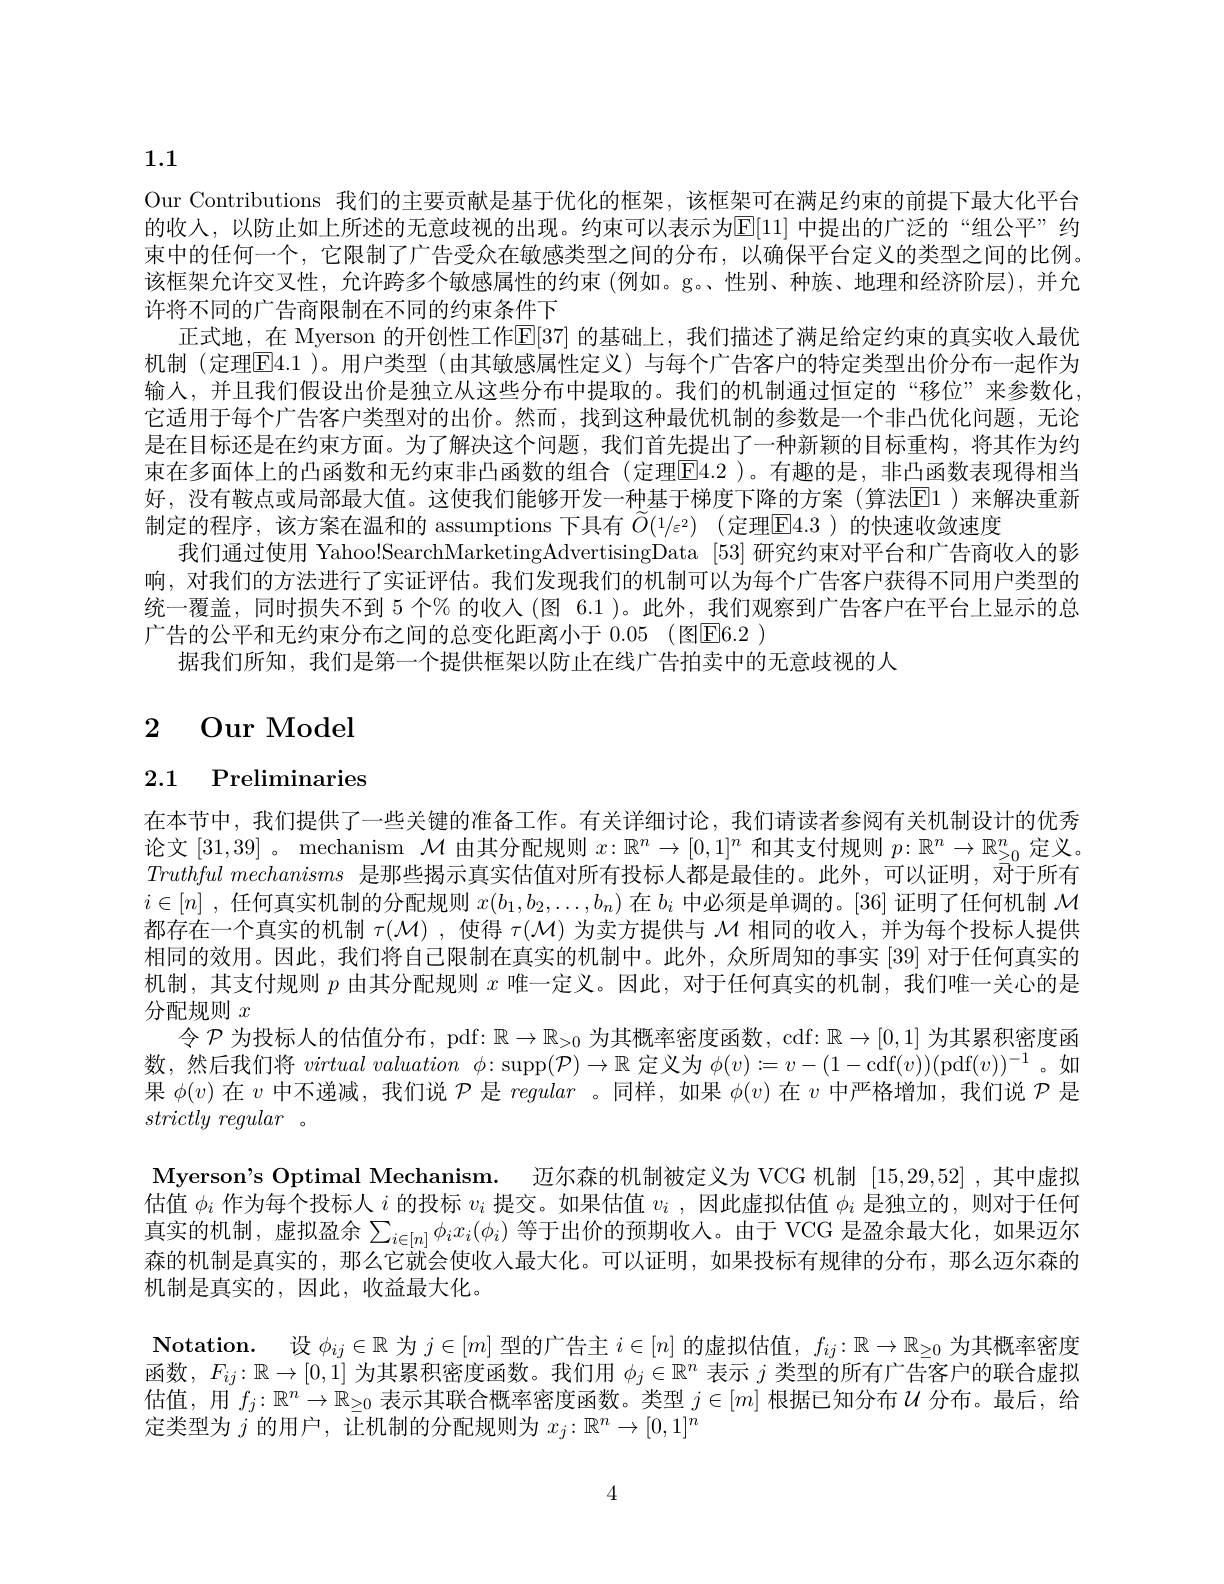
1.1

Our Contributions 我们的主要贡献是基于优化的框架，该框架可在满足约束的前提下最大化平台的收入，以防止如上所述的无意歧视的出现。约束可以表示为E[11] 中提出的广泛的“组公平”约束中的任何一个，它限制了广告受众在敏感类型之间的分布，以确保平台定义的类型之间的比例。该框架允许交叉性，允许跨多个敏感属性的约束 (例如。g。性别、种族、地理和经济阶层),并允许将不同的广告商限制在不同的约束条件下
正式地，在 Myerson 的开创性工作E[37] 的基础上，我们描述了满足给定约束的真实收入最优机制 (定理$\overline{\mathrm{E}}4.1$ )。用户类型 (由其敏感属性定义)与每个广告客户的特定类型出价分布一起作为输入，并且我们假设出价是独立从这些分布中提取的。我们的机制通过恒定的“移位”来参数化， 它适用于每个广告客户类型对的出价。然而，找到这种最优机制的参数是一个非凸优化问题，无论是在目标还是在约束方面。为了解决这个问题，我们首先提出了一种新颖的目标重构，将其作为约束在多面体上的凸函数和无约束非凸函数的组合 (定理$\boxed{\mathrm{F}}4.2$ )。有趣的是，非凸函数表现得相当好，没有鞍点或局部最大值。这便我们能够开发一种基于梯度下降的方案(算法El)来解决重新制定的程序，该方案在温和的 assumptions 下具有 $\widetilde{O}(1/\varepsilon^2)$ (定理$\overline{\mathrm{E}}4.3$ )的快速收敛速度
我们通过使用 Yahoo!SearchMarketingAdvertisingData [53] 研究约束对平台和广告商收人的影响，对我们的方法进行了实证评估。我们发现我们的机制可以为每个广告客户获得不同用户类型的统一覆盖，同时损失不到 5 个% 的收入 (图 6.1 )。此外，我们观察到广告客户在平台上显示的总广告的公平和无约束分布之间的总变化距离小于 0.05 (图[E]6.2 )
据我们所知，我们是第一个提供框架以防止在线广告拍卖中的无意歧视的人

# 2 Our Model

# 2.1 Preliminaries

在本节中，我们提供了一些关键的准备工作。有关详细讨论，我们请读者参阅有关机制设计的优秀论文[31,39] 。mechanism $\mathcal{M}$由其分配规则$x:\mathbb{R}^n\to[0,1]^n$和其支付规则$p:\mathbb{R}^n\to\mathbb{R}_{\geq0}^n$定义。$Truthful\textit{ mechanisms 是 那 些 揭 示 真 实 估 值 对 所 有 投 标 人 都 是 最 佳 的 。此 外 , 可 以 证 明 , 对 于 所 有 }$ $i\in[n]$ ,任何真实机制的分配规则$x(b_1,b_2,\ldots,b_n)$在$b_i$中必须是单调的。[36] 证明了任何机制$\mathcal{M}$ 都存在一个真实的机制$\tau(\mathcal{M})$ ,使得$\tau(\mathcal{M})$为卖方提供与$\mathcal{M}$相同的收人，并为每个投标人提供相同的效用。因此，我们将自己限制在真实的机制中。此外，众所周知的事实 [39] 对于任何真实的机制，其支付规则$p$由其分配规则$x$唯一定义。因此，对于任何真实的机制，我们唯一关心的是分配规则$x$
令$\mathcal{P}$为投标人的估值分布，pdf: $\mathbb{R}\to\mathbb{R}_>0$为其概率密度函数，cdf: $\mathbb{R}\to[0,1]$为其累积密度函数，然后我们将$virtual\textit{ valuation }\phi :$ supp$(\mathcal{P})\to\mathbb{R}$定义为$\phi(v):=v-(1-$cdf$(v))($pdf$(v))^-1$。如果$\phi(v)$在$v$中不递减，我们说$\mathcal{P}$是regular 。同样，如果$\phi(v)$在$v$中严格增加，我们说$\mathcal{P}$是$strictly~regular~$。
Myerson's Optimal Mechanism. 迈尔森的机制被定义为 VCG 机制[15,29,52] ,其中虚拟估值$\phi_i$作为每个投标人$i$的投标$v_i$提交。如果估值$v_i$ ,因此虚拟估值$\phi_i$是独立的，则对于任何真实的机制，虚拟盈余$\sum_{i\in[n]}\phi_ix_i(\phi_i)$ 等于出价的预期收入。由于 VCG 是盈余最大化，如果迈尔森的机制是真实的，那么它就会使收入最大化。可以证明，如果投标有规律的分布，那么迈尔森的机制是真实的，因此，收益最大化。
$\textbf{Notation. 设 }\phi _{ij}\in \mathbb{R}$为$j\in[m]$型的广告主$i\in[n]$的虚拟估值，$f_ij:\mathbb{R}\to\mathbb{R}_\geq0$为其概率密度函数，$F_{ij}:\mathbb{R}\to[0,1]$为其累积密度函数。我们用$\phi_j\in\mathbb{R}^n$表示$j$类型的所有广告客户的联合虚拟估值，用$f_j:\mathbb{R}^n\to\mathbb{R}_{\geq0}$表示其联合概率密度函数。类型$j\in[m]$根据已知分布$\mathcal{U}$分布。最后，给定类型为$j$的用户，让机制的分配规则为$x_j:\mathbb{R}^n\to[0,1]^n$

4